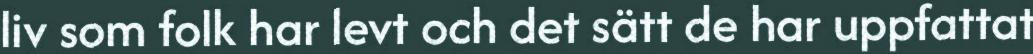
liv som folk har levt och det sätt de har uppfattat